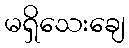
မရှိသေးချေ